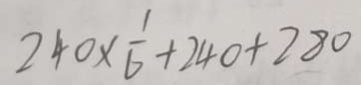
2 4 0 \times \frac { 1 } { 6 } + 2 4 0 + 2 8 0